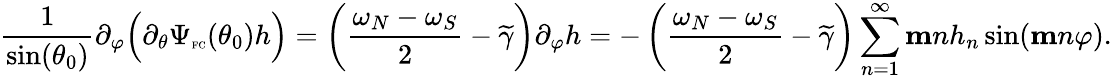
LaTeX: \frac{1}{\sin(\theta_{0})}\partial_{\varphi}\Big(\partial_{\theta}\Psi_{\textnormal{\tiny{FC}}}(\theta_{0})h\Big)=\left(\frac{\omega_{N}-\omega_{S}}{2}-\widetilde{\gamma}\right)\partial_{\varphi}h=-\left(\frac{\omega_{N}-\omega_{S}}{2}-\widetilde{\gamma}\right)\sum_{n=1}^{\infty}\mathbf{m}nh_{n}\sin(\mathbf{m}n\varphi).